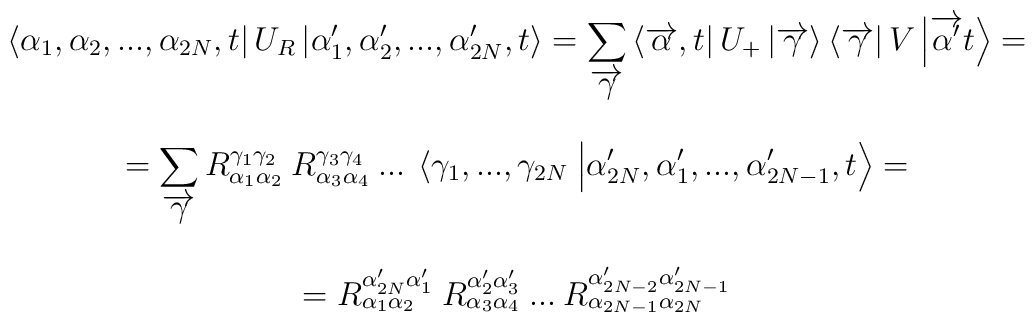
\begin{array}{c}\displaystyle \left\langle \alpha _{1},\alpha _{2},...,\alpha _{2N},t\right| U_{R}\left| \alpha _{1}',\alpha _{2}',...,\alpha _{2N}',t\right\rangle =\displaystyle\sum _{\overrightarrow{\gamma }}\left\langle \overrightarrow{\alpha },t\right| U_{+}\left| \overrightarrow{\gamma }\right\rangle \left\langle \overrightarrow{\gamma }\right| V\left| \overrightarrow{\alpha '}t\right\rangle =\\\\=\displaystyle\sum _{\overrightarrow{\gamma }}R^{\gamma _{1}\gamma _{2}}_{\alpha _{1}\alpha _{2}}\: R^{\gamma _{3}\gamma _{4}}_{\alpha _{3}\alpha _{4}}\: ...\: \left\langle \gamma _{1},...,\gamma _{2N}\right. \left| \alpha _{2N}',\alpha _{1}',...,\alpha _{2N-1}',t\right\rangle =\\\\=R^{\alpha _{2N}'\alpha _{1}'}_{\alpha _{1}\alpha _{2}}\: R^{\alpha _{2}'\alpha _{3}'}_{\alpha _{3}\alpha _{4}}\: ...\: R^{\alpha _{2N-2}'\alpha _{2N-1}'}_{\alpha _{2N-1}\alpha _{2N}}\end{array}